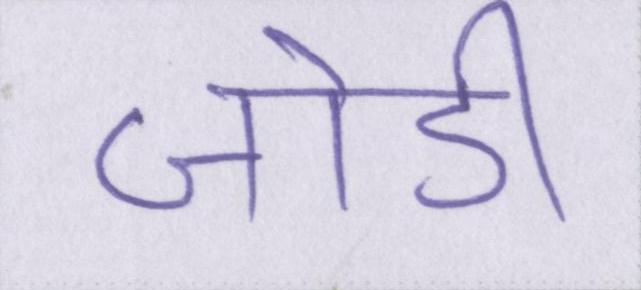
जोडी